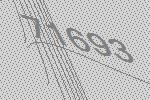
71693